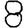
Digit: 8